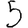
Digit: 5